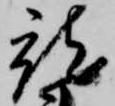
就